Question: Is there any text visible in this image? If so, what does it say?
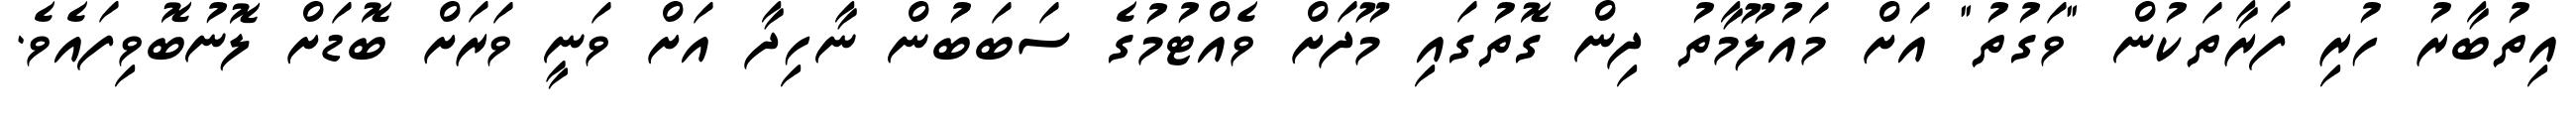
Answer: އިތުބާރު ހުރި ފަރާތަކުން "ވަގުތު" އަށް މައުލޫމާތު ދިން ގޮތުގައި މޫދަށް ވެއްޓުމުގެ ސަބަބުން ނާހިދާ އަށް ވަނީ ވަރަށް ބޮޑަށް ލޮނުބޮވިފައެވެ.